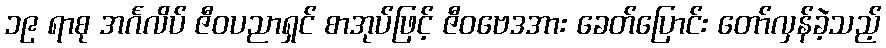
၁၉ ရာစု အင်္ဂလိပ် ဇီဝပညာရှင် စာအုပ်ဖြင့် ဇီဝဗေဒအား ခေတ်ပြောင်း တော်လှန်ခဲ့သည့်